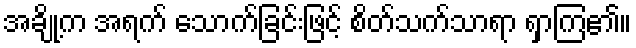
အချို့က အရက် သောက်ခြင်းဖြင့် စိတ်သက်သာရာ ရှာကြ၏။